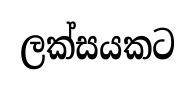
ලක්සයකට